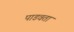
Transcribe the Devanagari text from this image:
पाडवता